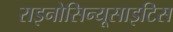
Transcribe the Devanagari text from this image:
राइनोसिन्यूसाइटिस